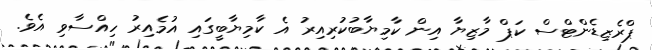
ޕްރެޒިޑެންޓްސް ކަޕް މާޒިޔާ އިން ކާމިޔާބުކުރިއިރު އެ ކާމިޔާބީގައި އުމެއިރު ހިއްސާވި އެވެ.